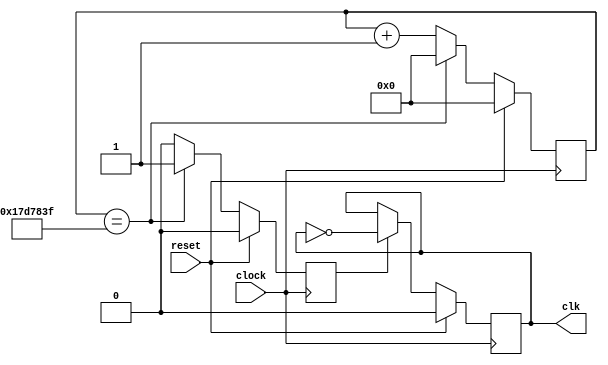
module clock_sec(
input clock,
input reset,
output reg clk
);


reg [27:0] count;
reg enable;
localparam FREQ = 25000000;


always@(posedge clock)
begin
	if (reset)
	begin
		count <= 0;
		enable <= 0;
		end
	else if (count == FREQ - 1)
	begin
		count <= 0;
		enable <= 1;
		end
	else
	begin
		count <= count + 1;
		enable <= 0;
	end
end

always@(posedge clock)
begin
	if (reset)
	begin
		clk <= 0;
		end
	else if (enable)
		clk <= ~clk;
end

endmodule